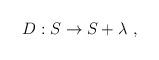
LaTeX: \begin{align*}D: S\rightarrow S + \lambda\ ,\end{align*}